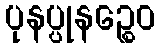
ပုနပ္ပုနဉ္စေဝ